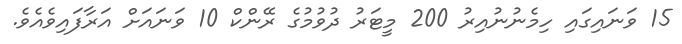
15 ވަނައިގައި ހިމެނުނުއިރު 200 މީޓަރު ދުވުމުގެ ރޭންކް 10 ވަނައަށް އަރާފައިވެއެވެ.